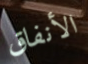
الأنفاق